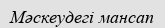
Мәскеудегі мансап